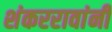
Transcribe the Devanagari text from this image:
शंकररावांनीं